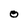
Character: O